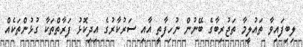
ލިބިފައިވާ ތައުލީމާ ތަޖުރިބާގެ ބޭނުން ނުހިފާތީ އާއި ސަރުކާރުގެ އިދިކޮޅު ފަރާތްތަކާ ގުޅުންތަކެއް